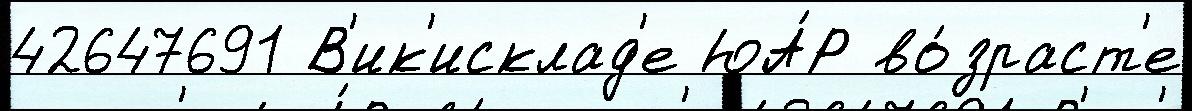
42647691 В'ик'исклад'е ЮА́Р во́зраст'е